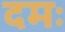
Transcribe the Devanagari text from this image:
दमः